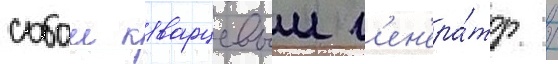
собои кварцевыи г'ен'ера́тор /